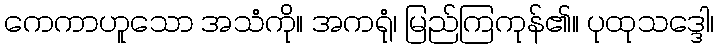
ကေကာဟူသော အသံကို။ အကရုံ၊ မြည်ကြကုန်၏။ ပုထုသဒ္ဒေါ၊